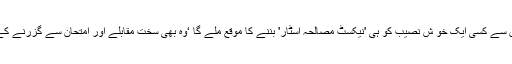
ان میں سے کسی ایک خو ش نصیب کو ہی 'نیکسٹ مصالحہ اسٹار' بننے کا موقع ملے گا ‘وہ بھی سخت مقابلے اور امتحان سے گزرنے کے بعد۔